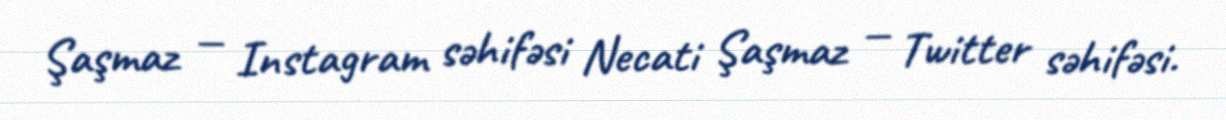
Şaşmaz — Instagram səhifəsi Necati Şaşmaz — Twitter səhifəsi.